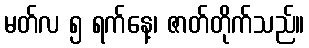
မတ်လ ၅ ရက်နေ့၊ ဇာတ်တိုက်သည်။